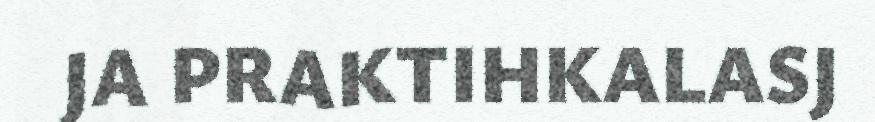
JA PRAKTIHKALASJ